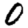
Digit: 0